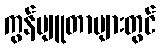
ကွန်ပျူတာများတွင်